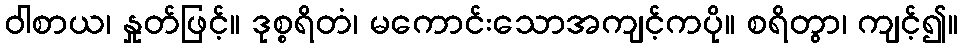
ဝါစာယ၊ နှုတ်ဖြင့်။ ဒုစ္စရိတံ၊ မကောင်းသောအကျင့်ကပို။ စရိတွာ၊ ကျင့်၍။